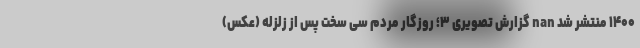
۱۴۰۰ منتشر شد nan گزارش تصویری ۳؛ روزگار مردم سی سخت پس از زلزله (عکس)